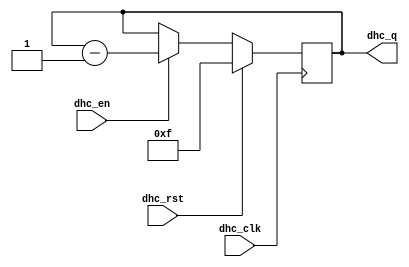
`timescale 1ns / 1ps
//////////////////////////////////////////////////////////////////////////////////
// Company: 
// Engineer: 
// 
// Design Name: 
// Module Name: dhc
// Project Name: 
// Target Devices: 
// Tool Versions: 
// Description: 
// 
// Dependencies: 
// 
// Revision:
// Revision 0.01 - File Created
// Additional Comments:
// 
//////////////////////////////////////////////////////////////////////////////////


module dhc(
    input dhc_clk,                              // Clock for dhc
    input dhc_rst,                              // Reset for dhc
    input dhc_en,                               // En for dhc
    output [3:0] dhc_q                          // Output for ssd
    );
    
    reg [3:0] dhc_temp;
       
    initial
        begin
            dhc_temp = 15;
        end
    always@(posedge dhc_clk)
        begin:dhc_OP
              if(dhc_rst) 
                begin
                    dhc_temp <=15;
                end
              else
                begin:EN_ACTIVE
                    if(dhc_en)
                        dhc_temp <= dhc_temp-1;
                end
        end
        assign dhc_q = dhc_temp;
        
endmodule